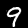
Label: 9